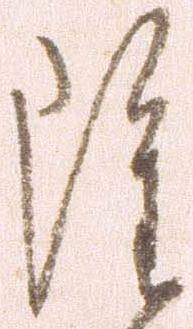
雖